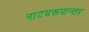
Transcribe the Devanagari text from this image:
नाटयरूपान्तर